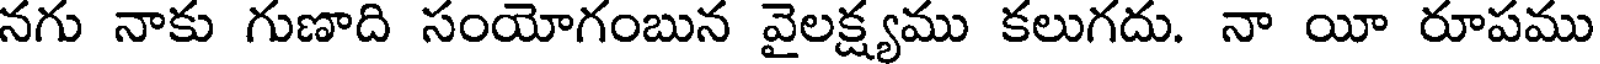
నగు నాకు గుణాది సంయోగంబున వైలక్ష్యము కలుగదు. నా యీ రూపము